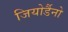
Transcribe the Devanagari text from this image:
जियोर्डैनो